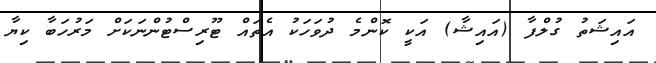
އައިޝަތު ގުލްފާ (އައިޝާ) އަކީ ކޮންމެ ދުވަހަކު އެތައް ޓޫރިސްޓުންނަކަށް މަރުހަބާ ކިޔާ